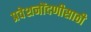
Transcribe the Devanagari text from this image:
प्रवेशनोंदणीसाठी